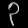
Digit: ၃